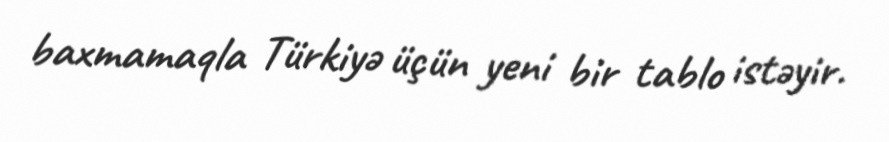
baxmamaqla Türkiyə üçün yeni bir tablo istəyir.